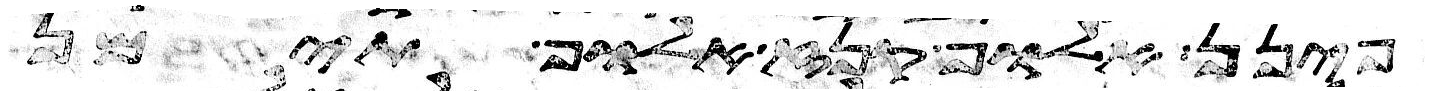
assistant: פינן אלוף קנז אלוף תימן